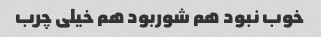
خوب نبود هم شوربود هم خیلی چرب